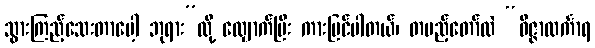
သွားကြည့်သေးတာပေါ့ ဘုရား”လို့ လျှောက်ပြီး ကားပြင်ပါတယ်၊ တပည့်တော်လဲ “ဝိဇ္ဇာလင်္ကာရ